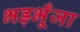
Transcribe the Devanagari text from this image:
भड़भूँजा